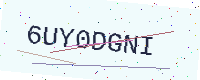
Text: 6UY0DGNI